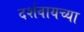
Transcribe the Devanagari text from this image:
दर्शवायच्या